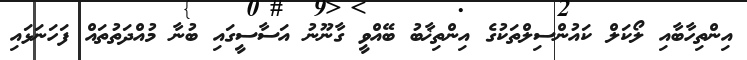
އިންތިހާބާއި ލޯކަލް ކައުންސިލްތަކުގެ އިންތިޚާބު ބޭއްވީ ގާނޫނު އަސާސީގައި ބުނާ މުއްދަތުތައް ފަހަނަޅައި